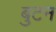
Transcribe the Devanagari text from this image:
बुटन